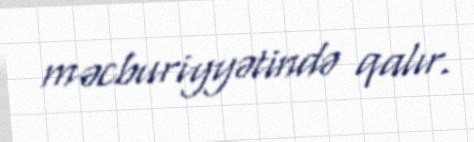
məcburiyyətində qalır.